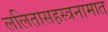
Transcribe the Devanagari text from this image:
ललितासहस्त्रनामात